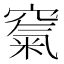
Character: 𥧔